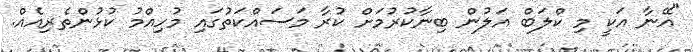
"އޭނާ އަކީ މި ކްލަބް އަލުން ބިނާކުރުމަށް ކުރާ މަސައްކަތުގައި މުހިއްމު ކުޅުންތެރިއެއް.